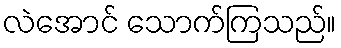
လဲအောင် သောက်ကြသည်။